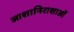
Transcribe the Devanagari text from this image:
आशानिराशाओं